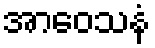
အာဝေသနံ